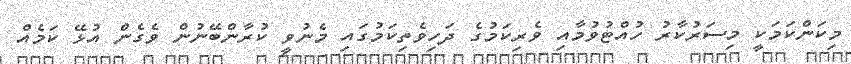
މިކަންކަމަކީ މިސަރުކާރު ހުއްޓުވުމާއި ވެރިކަމުގެ ދަހިވެތިކަމުގައި މެނުވީ ކުރާންބޭނުން ވެގެން އުޅޭ ކަމެއް